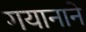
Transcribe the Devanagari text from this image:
गयानाने